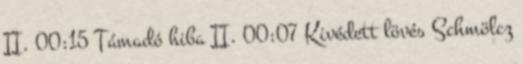
II. 00:15 Támadó hiba II. 00:07 Kivédett lövés Schmölcz